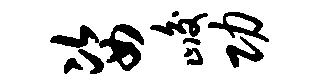
姿峻功